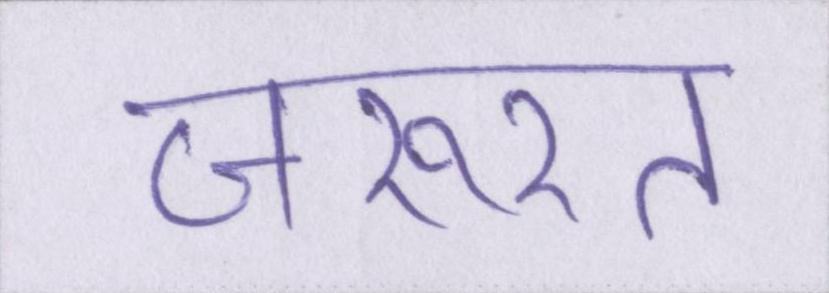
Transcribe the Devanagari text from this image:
जरूरत